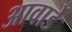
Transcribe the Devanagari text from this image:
आवार्डे